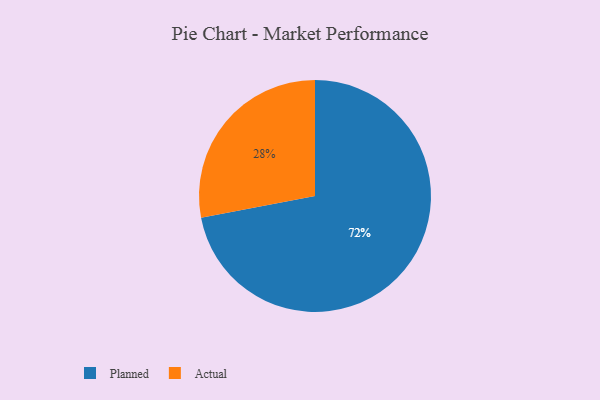
{"axis": {"x": "Category", "y": "Percentage"}, "legend": ["Actual", "Planned"], "data": [{"x": "Actual", "y": 28, "type": "Actual"}, {"x": "Planned", "y": 72, "type": "Planned"}]}